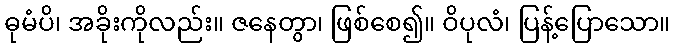
ဓုမံပိ၊ အခိုးကိုလည်း။ ဇနေတွာ၊ ဖြစ်စေ၍။ ဝိပုလံ၊ ပြန့်ပြောသော။